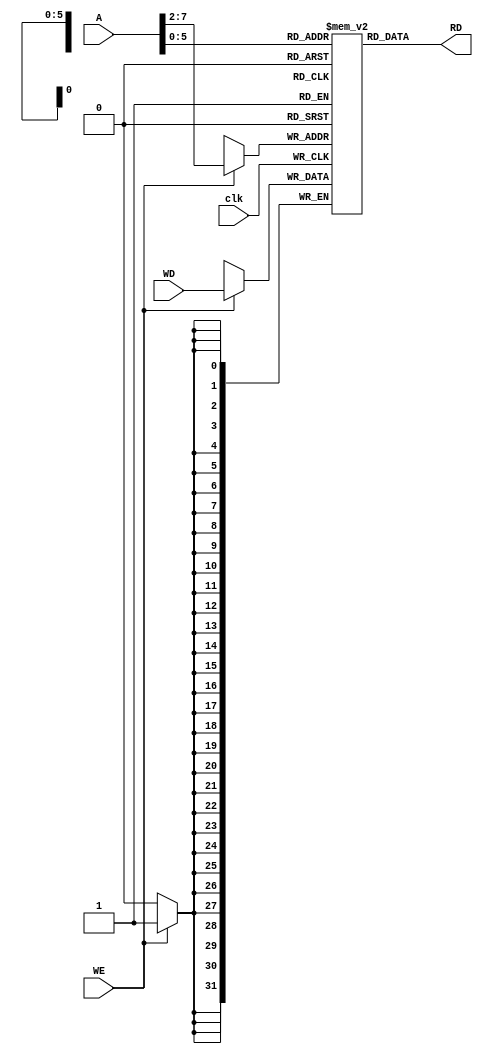
module data_memory(
	input clk, WE,
	input [31:0] A,
	input [31:0] WD,
	output reg [31:0] RD
);
	reg[31:0] mem[63:0];
	
	always @(posedge clk)
	begin
		if(WE)
			mem[A[31:2]] <= WD;
	end
	
	always @(*)
		RD = mem[A];

endmodule